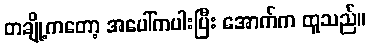
တချို့ကတော့ အပေါ်ကပါးပြီး အောက်က ထူသည်။